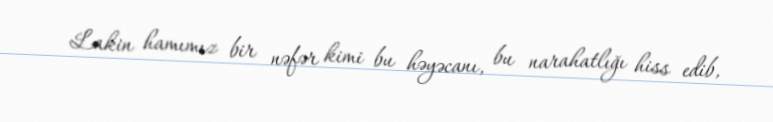
Lakin hamımız bir nəfər kimi bu həyəcanı, bu narahatlığı hiss edib,